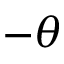
- \theta